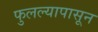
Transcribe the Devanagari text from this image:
फुलल्यापासून